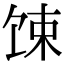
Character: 𫗧